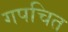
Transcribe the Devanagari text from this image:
गपचित